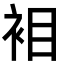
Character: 𮕲